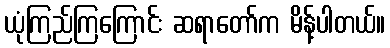
ယုံကြည်ကြကြောင်း ဆရာတော်က မိန့်ပါတယ်။